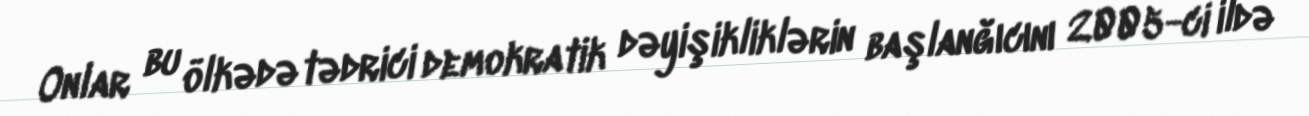
Onlar bu ölkədə tədrici demokratik dəyişikliklərin başlanğıcını 2005-ci ildə